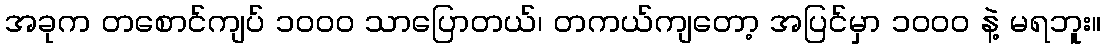
အခုက တစောင်ကျပ် ၁၀၀၀ သာပြောတယ်၊ တကယ်ကျတော့ အပြင်မှာ ၁၀၀၀ နဲ့ မရဘူး။